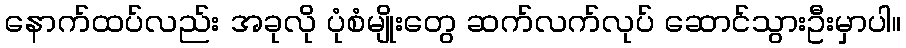
နောက်ထပ်လည်း အခုလို ပုံစံမျိုးတွေ ဆက်လက်လုပ် ဆောင်သွားဦးမှာပါ။